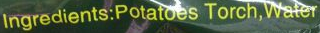
Ingredients:Potatoes Torch,Water